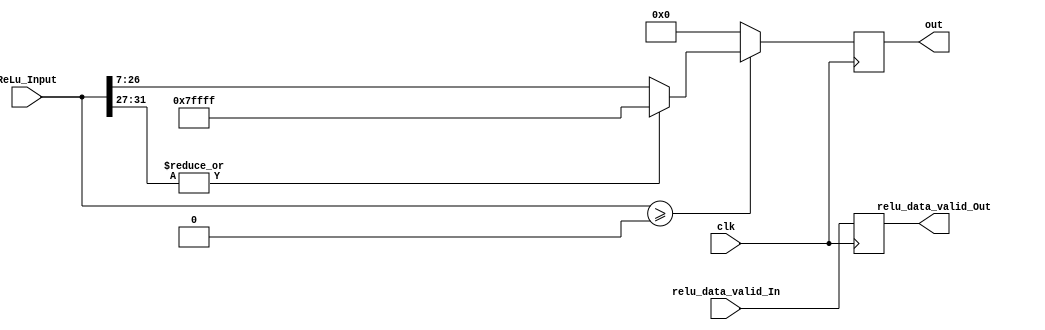
`timescale 1ns / 1ps
//////////////////////////////////////////////////////////////////////////////////
// Company: 
// Engineer: 
// 
// Design Name: 
// Module Name: ReLu
// Project Name: 
// Target Devices: 
// Tool Versions: 
// Description: 
// 
// Dependencies: 
// 
// Revision:
// Revision 0.01 - File Created
// Additional Comments:
// 
//////////////////////////////////////////////////////////////////////////////////


module ReLu  #(parameter dataWidth=16,weightIntWidth=4) (
    input           clk,
    input   [2*dataWidth-1:0]   ReLu_Input,
    input relu_data_valid_In,
    output reg relu_data_valid_Out,
    output  reg [dataWidth+3:0]  out
);


always @(posedge clk)
begin
    relu_data_valid_Out <= relu_data_valid_In;
    if($signed(ReLu_Input) >= 0)
    begin
        if(|ReLu_Input[2*dataWidth-1-:weightIntWidth+1]) //over flow to sign bit of integer part
            out <= {1'b0,{(dataWidth+3){1'b1}}}; //positive saturate
        else
            out <= ReLu_Input[2*dataWidth-2-weightIntWidth-:dataWidth+4];
    end
    else 
        out <= 0;      
end
endmodule